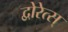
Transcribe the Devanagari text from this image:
द्वोरेत्स्